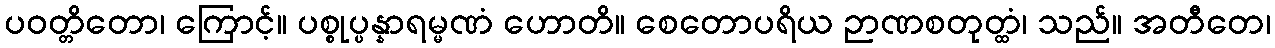
ပဝတ္တိတော၊ ကြောင့်။ ပစ္စုပ္ပန္နာရမ္မဏံ ဟောတိ။ စေတောပရိယ ဉာဏစတုတ္ထံ၊ သည်။ အတီတေ၊